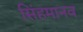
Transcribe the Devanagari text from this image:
सिंहमानव